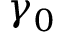
\gamma _ { 0 }